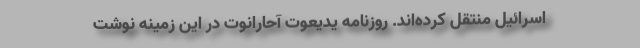
اسرائیل منتقل کرده‌اند. روزنامه یدیعوت آحارانوت در این زمینه نوشت